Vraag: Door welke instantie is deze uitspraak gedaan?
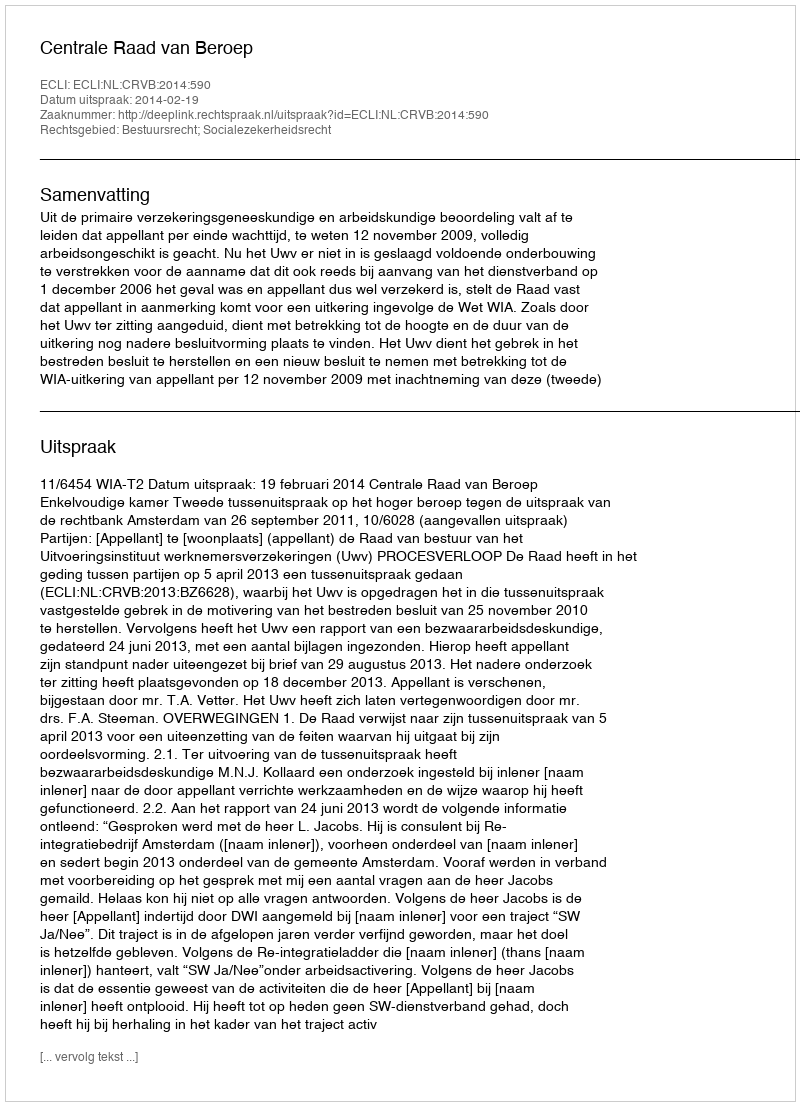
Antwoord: Centrale Raad van Beroep